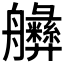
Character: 𱽆